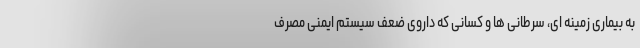
به بیماری زمینه ای، سرطانی ها و کسانی که داروی ضعف سیستم ایمنی مصرف